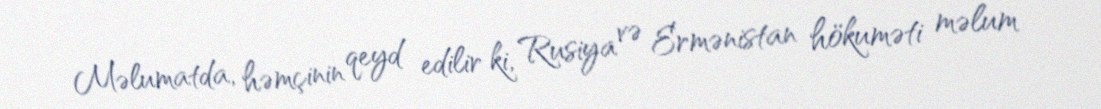
Məlumatda, həmçinin qeyd edilir ki, Rusiya və Ermənistan hökuməti məlum